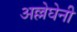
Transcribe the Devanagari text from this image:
अल्लेघेनी